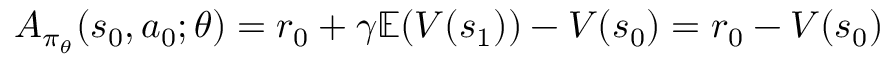
A _ { \pi _ { \theta } } ( s _ { 0 } , a _ { 0 } ; \theta ) = r _ { 0 } + \gamma \mathbb { E } ( V ( s _ { 1 } ) ) - V ( s _ { 0 } ) = r _ { 0 } - V ( s _ { 0 } )